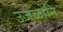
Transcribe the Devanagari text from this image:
उजळोनि